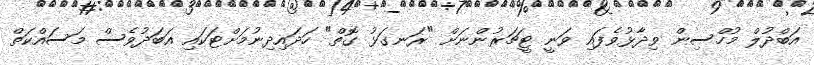
އަބްދުލް މުހްސިން ވިދާޅުވެފައި ވަނީ ޓީޗަރުންނަށް "ރަނގަޅު ގޮތް" ހަދައިދިނުމަށްޓަކައި އަބަދުވެސް މަސައްކަތް